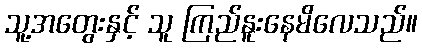
သူ့အတွေးနှင့် သူ ကြည်နူးနေမိလေသည်။